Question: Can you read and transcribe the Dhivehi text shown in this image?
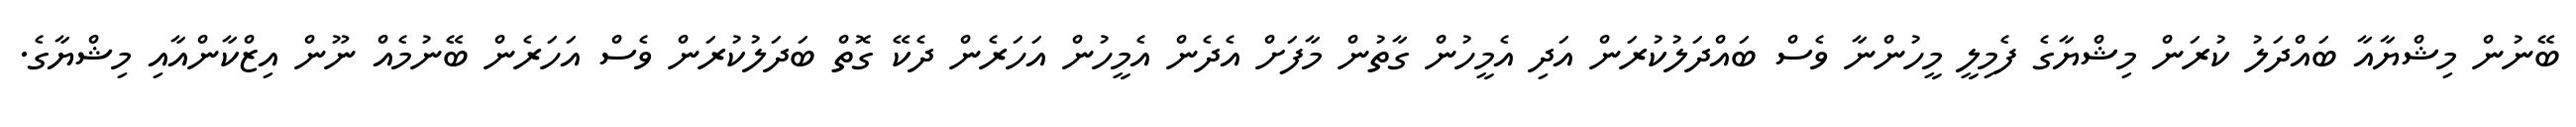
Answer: ބޭނުން މިޝްޔާއާ ބައްދަލު ކުރަން މިޝްޔާގެ ފެމިލީ މީހުންނާ ވެސް ބައްދަލުކުރަން އަދި އެމީހުން ގާތުން މާފަށް އެދެން އެމީހުން އަހަރެން ދެކޭ ގޮތް ބަދަލުކުރަން ވެސް އަހަރެން ބޭނުމެއް ނޫން އިޒްކާންއާއި މިޝްޔާގެ.